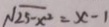
\sqrt { 2 5 - x ^ { 2 } } = x - 1